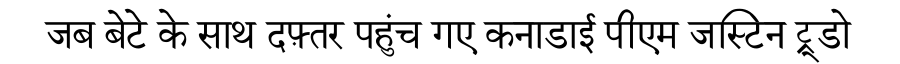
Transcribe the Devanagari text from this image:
जब बेटे के साथ दफ़्तर पहुंच गए कनाडाई पीएम जस्टिन ट्रूडो